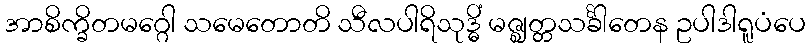
အာစိက္ခိတမဂ္ဂေါ သမေတောတိ သီလပါရိသုဒ္ဓိံ မဇ္ဈတ္တသင်္ခါတေန ဥပါဒါရူပံပေ